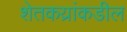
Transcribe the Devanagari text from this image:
शेतकय्रांकडील